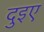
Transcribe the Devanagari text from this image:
दुइए